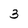
Character: 3